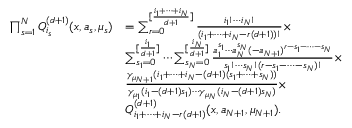
\begin{array} { r l } { \prod _ { s = 1 } ^ { N } Q _ { i _ { s } } ^ { ( d + 1 ) } ( x , a _ { s } , \mu _ { s } ) } & { = \sum _ { r = 0 } ^ { [ \frac { i _ { 1 } + \cdots + i _ { N } } { d + 1 } ] } { \frac { i _ { 1 } ! \cdots i _ { N } ! } { ( i _ { 1 } + \cdots + i _ { N } - r ( d + 1 ) ) ! } } \times } \\ & { \sum _ { s _ { 1 } = 0 } ^ { [ \frac { i _ { 1 } } { d + 1 } ] } \cdots \sum _ { s _ { N } = 0 } ^ { [ \frac { i _ { N } } { d + 1 } ] } { \frac { a _ { 1 } ^ { s _ { 1 } } \cdots a _ { N } ^ { s _ { N } } ( - a _ { N + 1 } ) ^ { r - s _ { 1 } - \cdots - s _ { N } } } { s _ { 1 } ! \cdots s _ { N } ! ( r - s _ { 1 } - \cdots - s _ { N } ) ! } } \times } \\ & { { \frac { \gamma _ { \mu _ { N + 1 } } ( i _ { 1 } + \cdots + i _ { N } - ( d + 1 ) ( s _ { 1 } + \cdots + s _ { N } ) ) } { \gamma _ { \mu _ { 1 } } ( i _ { 1 } - ( d + 1 ) s _ { 1 } ) \cdots \gamma _ { \mu _ { N } } ( i _ { N } - ( d + 1 ) s _ { N } ) } } \times } \\ & { Q _ { i _ { 1 } + \cdots + i _ { N } - r ( d + 1 ) } ^ { ( d + 1 ) } ( x , a _ { N + 1 } , \mu _ { N + 1 } ) . } \end{array}